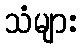
သံများ